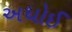
અધોઈ